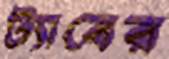
ট্যাবের